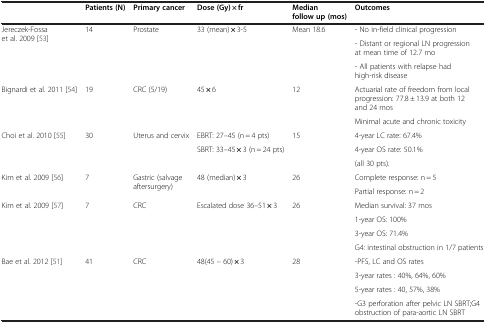
<table><thead><tr><td><b> </b></td><td><b>Patients (N)</b></td><td><b>Primary cancer</b></td><td><b>Dose (Gy) × fr</b></td><td><b>Median follow up (mos)</b></td><td><b>Outcomes</b></td></tr></thead><tbody><tr><td>Jereczek-Fossa et al. 2009 [53]</td><td>14</td><td>Prostate</td><td>33 (mean) <b>×</b> 3-5</td><td>Mean 18.6</td><td>- No in-field clinical progression</td></tr><tr><td> </td><td> </td><td> </td><td> </td><td> </td><td>- Distant or regional LN progression at mean time of 12.7 mo</td></tr><tr><td> </td><td> </td><td> </td><td> </td><td> </td><td>- All patients with relapse had high-risk disease</td></tr><tr><td>Bignardi et al. 2011 [54]</td><td>19</td><td>CRC (5/19)</td><td>45 <b>×</b> 6</td><td>12</td><td>Actuarial rate of freedom from local progression: 77.8 ± 13.9 at both 12 and 24 mos</td></tr><tr><td> </td><td> </td><td> </td><td> </td><td> </td><td>Minimal acute and chronic toxicity</td></tr><tr><td>Choi et al. 2010 [55]</td><td>30</td><td>Uterus and cervix</td><td>EBRT: 27–45 (n = 4 pts)</td><td>15</td><td>4-year LC rate: 67.4%</td></tr><tr><td> </td><td> </td><td> </td><td>SBRT: 33–45 <b>×</b> 3 (n = 24 pts)</td><td> </td><td>4-year OS rate: 50.1%</td></tr><tr><td> </td><td> </td><td> </td><td> </td><td> </td><td>(all 30 pts).</td></tr><tr><td>Kim et al. 2009 [56]</td><td>7</td><td>Gastric (salvage aftersurgery)</td><td>48 (median) <b>×</b> 3</td><td>26</td><td>Complete response: n = 5</td></tr><tr><td> </td><td> </td><td> </td><td> </td><td> </td><td>Partial response: n = 2</td></tr><tr><td>Kim et al. 2009 [57]</td><td>7</td><td>CRC</td><td>Escalated dose 36–51 <b>×</b> 3</td><td>26</td><td>Median survival: 37 mos</td></tr><tr><td> </td><td> </td><td> </td><td> </td><td> </td><td>1-year OS: 100%</td></tr><tr><td> </td><td> </td><td> </td><td> </td><td> </td><td>3-year OS: 71.4%</td></tr><tr><td> </td><td> </td><td> </td><td> </td><td> </td><td>G4: intestinal obstruction in 1/7 patients</td></tr><tr><td>Bae et al. 2012 [51]</td><td>41</td><td>CRC</td><td>48(45 – 60) <b>×</b> 3</td><td>28</td><td>-PFS, LC and OS rates</td></tr><tr><td> </td><td> </td><td> </td><td> </td><td> </td><td>3-year rates : 40%, 64%, 60%</td></tr><tr><td> </td><td> </td><td> </td><td> </td><td> </td><td>5-year rates : 40, 57%, 38%</td></tr><tr><td> </td><td> </td><td> </td><td> </td><td> </td><td>-G3 perforation after pelvic LN SBRT;G4 obstruction of para-aortic LN SBRT</td></tr></tbody></table>